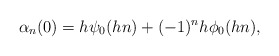
\begin{align*}\alpha_n(0) = h \psi_0 (hn) + (-1)^n h \phi_0 (hn),\end{align*}